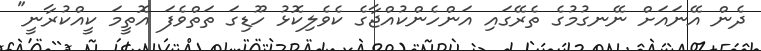
ދެން އޭނައަށް ނޭނގުމުގެ ތެރޭގައި އަންހެންކުއްޖާގެ ކެވެލިކޮޅު ހޫޑިގަ ތަތްވެފަ އޮތީމަ ކީއްކުރާނީ"